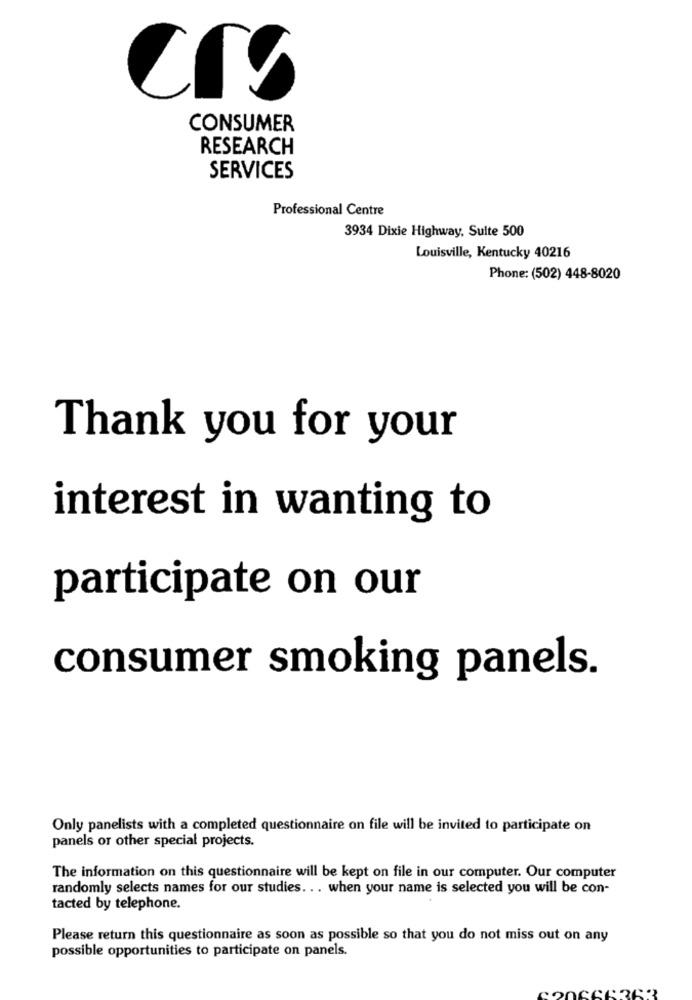
CONSUMER
RESEARCH
SERVICES
Professional Centre
3934 Dixie Highway, Sulte 500
Louisville, Kentucky 40216
Phone: (502) 448-8020
Thank you for your
interest in wanting to
participate on our
consumer smoking panels.
Only panelists with a completed questionnaire on file will be invited to participate on
panels or other special projects.
The information on this questionnaire will be kept on file in our computer. Our computer
randomly selects names for our studies. .. when your name is selected you will be con-
tacted by telephone.
Please return this questionnaire as soon as possible so that you do not miss out on any
possible opportunities to participate on panels.